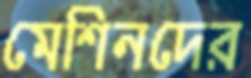
মেশিনদের